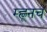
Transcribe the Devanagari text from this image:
म्ह्णूनच